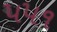
૫૫૧